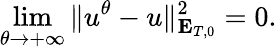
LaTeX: \underset{\theta\rightarrow+\infty}{\operatorname*{lim}}\Vert u^{\theta}-u\Vert_{\mathbf{E}_{T,0}}^{2}=0.